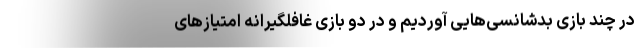
در چند بازی بدشانسی‌هایی آوردیم و در دو بازی غافلگیرانه امتیازهای